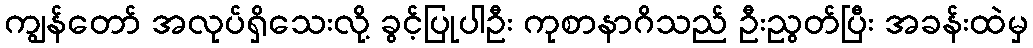
ကျွန်တော် အလုပ်ရှိသေးလို့ ခွင့်ပြုပါဦး ကုစာနာဂိသည် ဦးညွတ်ပြီး အခန်းထဲမှ